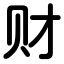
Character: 财